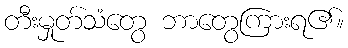
တီးမှုတ်သံတွေ ဘာတွေကြားရ၏။